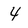
Character: 4